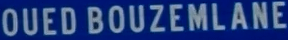
OUED BOUZEMLANE